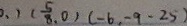
0 , ) ( \frac { 5 } { 8 } , 0 ) ( - 6 , - 9 - 2 5 )